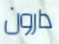
دارون